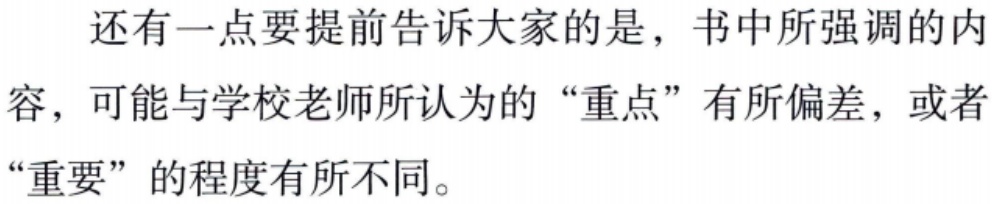
还有一点要提前告诉大家的是，书中所强调的内容，可能与学校老师所认为的“重点”有所偏差，或者“重要”的程度有所不同。